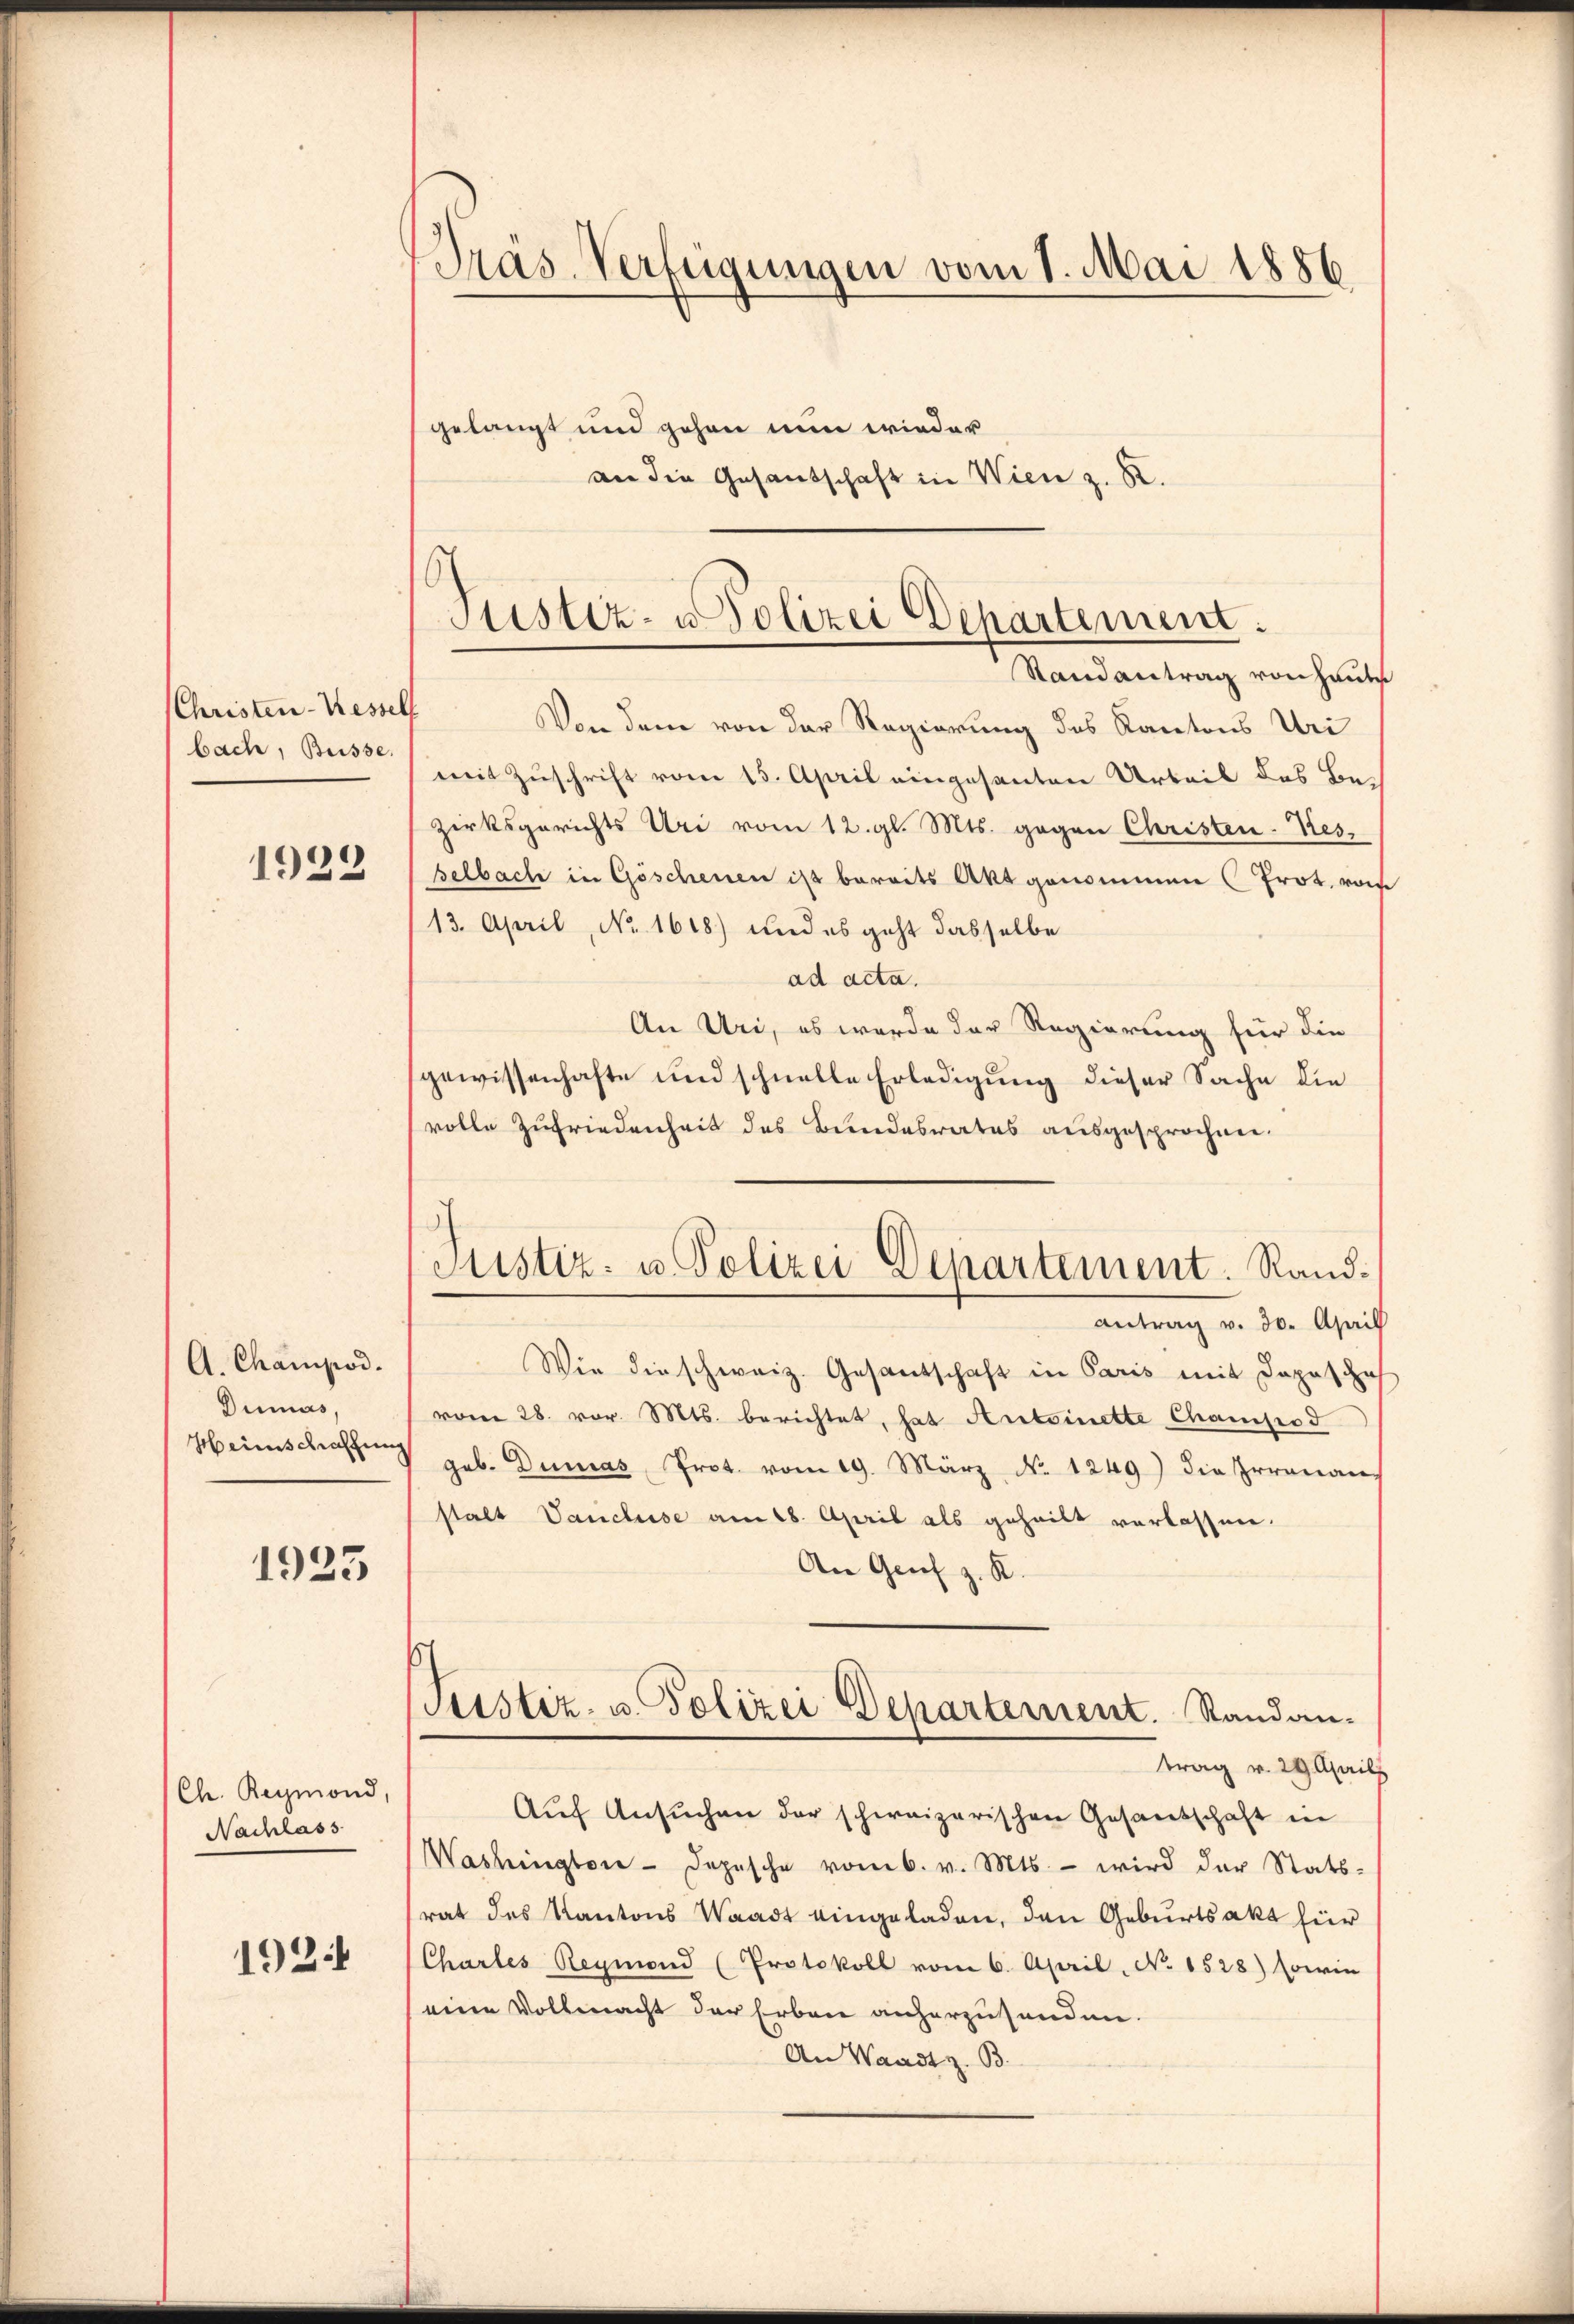
(Christen-Kessell
bach, Büsse.

1922

A. Champod.
Dinnas,
Heimschaffung

1925

Ch. Reymond,
Nachlass

1921

Präs. Verfügungen vom 1. Mai 1886

gelangt und gehen nun wieder
an die Gesandschaft in Wien z. R.

Justiz- u Polizei Departement.
Randantrag von Hauses

Ristiz- u. Polizei Departement. Rand¬

Von dem von der Regierung des Kantons Uri
mit Zuschrift vom 15. April eingesanten Arbeit des Bezirksgerichts Uri vom 12. gl. Mts. gegen Christen-Besselbach in Göschenen ist bereits Akt genommen (Prot. vom
13. April, No 1618) und es geht dasselbe
ad acta.
An Uri, es werde der Regierung für die
gewissenhafte und schnelle Erledigung dieser Sache die
volle Zufriedenheit des Bundesrates ausgesprochen.
antrag v. 30. April
Wie die schweiz. Gesandschaft in Paris mit Depeschaf
vom 28. vor. Mts. berichtet, hat Antoinette Champod
geb. Dumas Prot. vom 19. März No. 1249) die Irrenan
stalt Vancluse am 18. April als geheilt verlassen.
An Genf z. K.
Justiz- u. Polizei Departement. Standantrag v. 29. April
Aŭf Ansuchen der schweizerischen Gesandschaft in
Washington-Depesche vom 6. v. Mts. - wird der Stats-
rat des Kantons Waadt eingeladen, den Geburtsakt für
Chartes Reymond (Protokoll vom 6. April, No. 1528) sowie
eine Vollmacht der Erben anherzusenden.
An Waadt z. B.